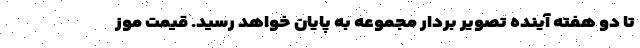
تا دو هفته آینده تصویر بردار مجموعه به پایان خواهد رسید. قیمت موز